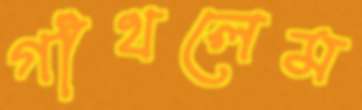
গাঁথলেম